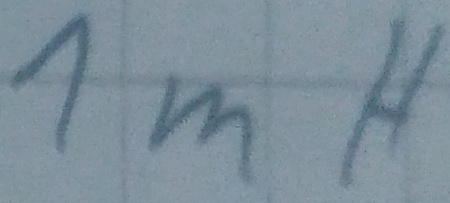
Text: 1mH